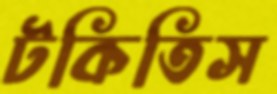
টকিতিস